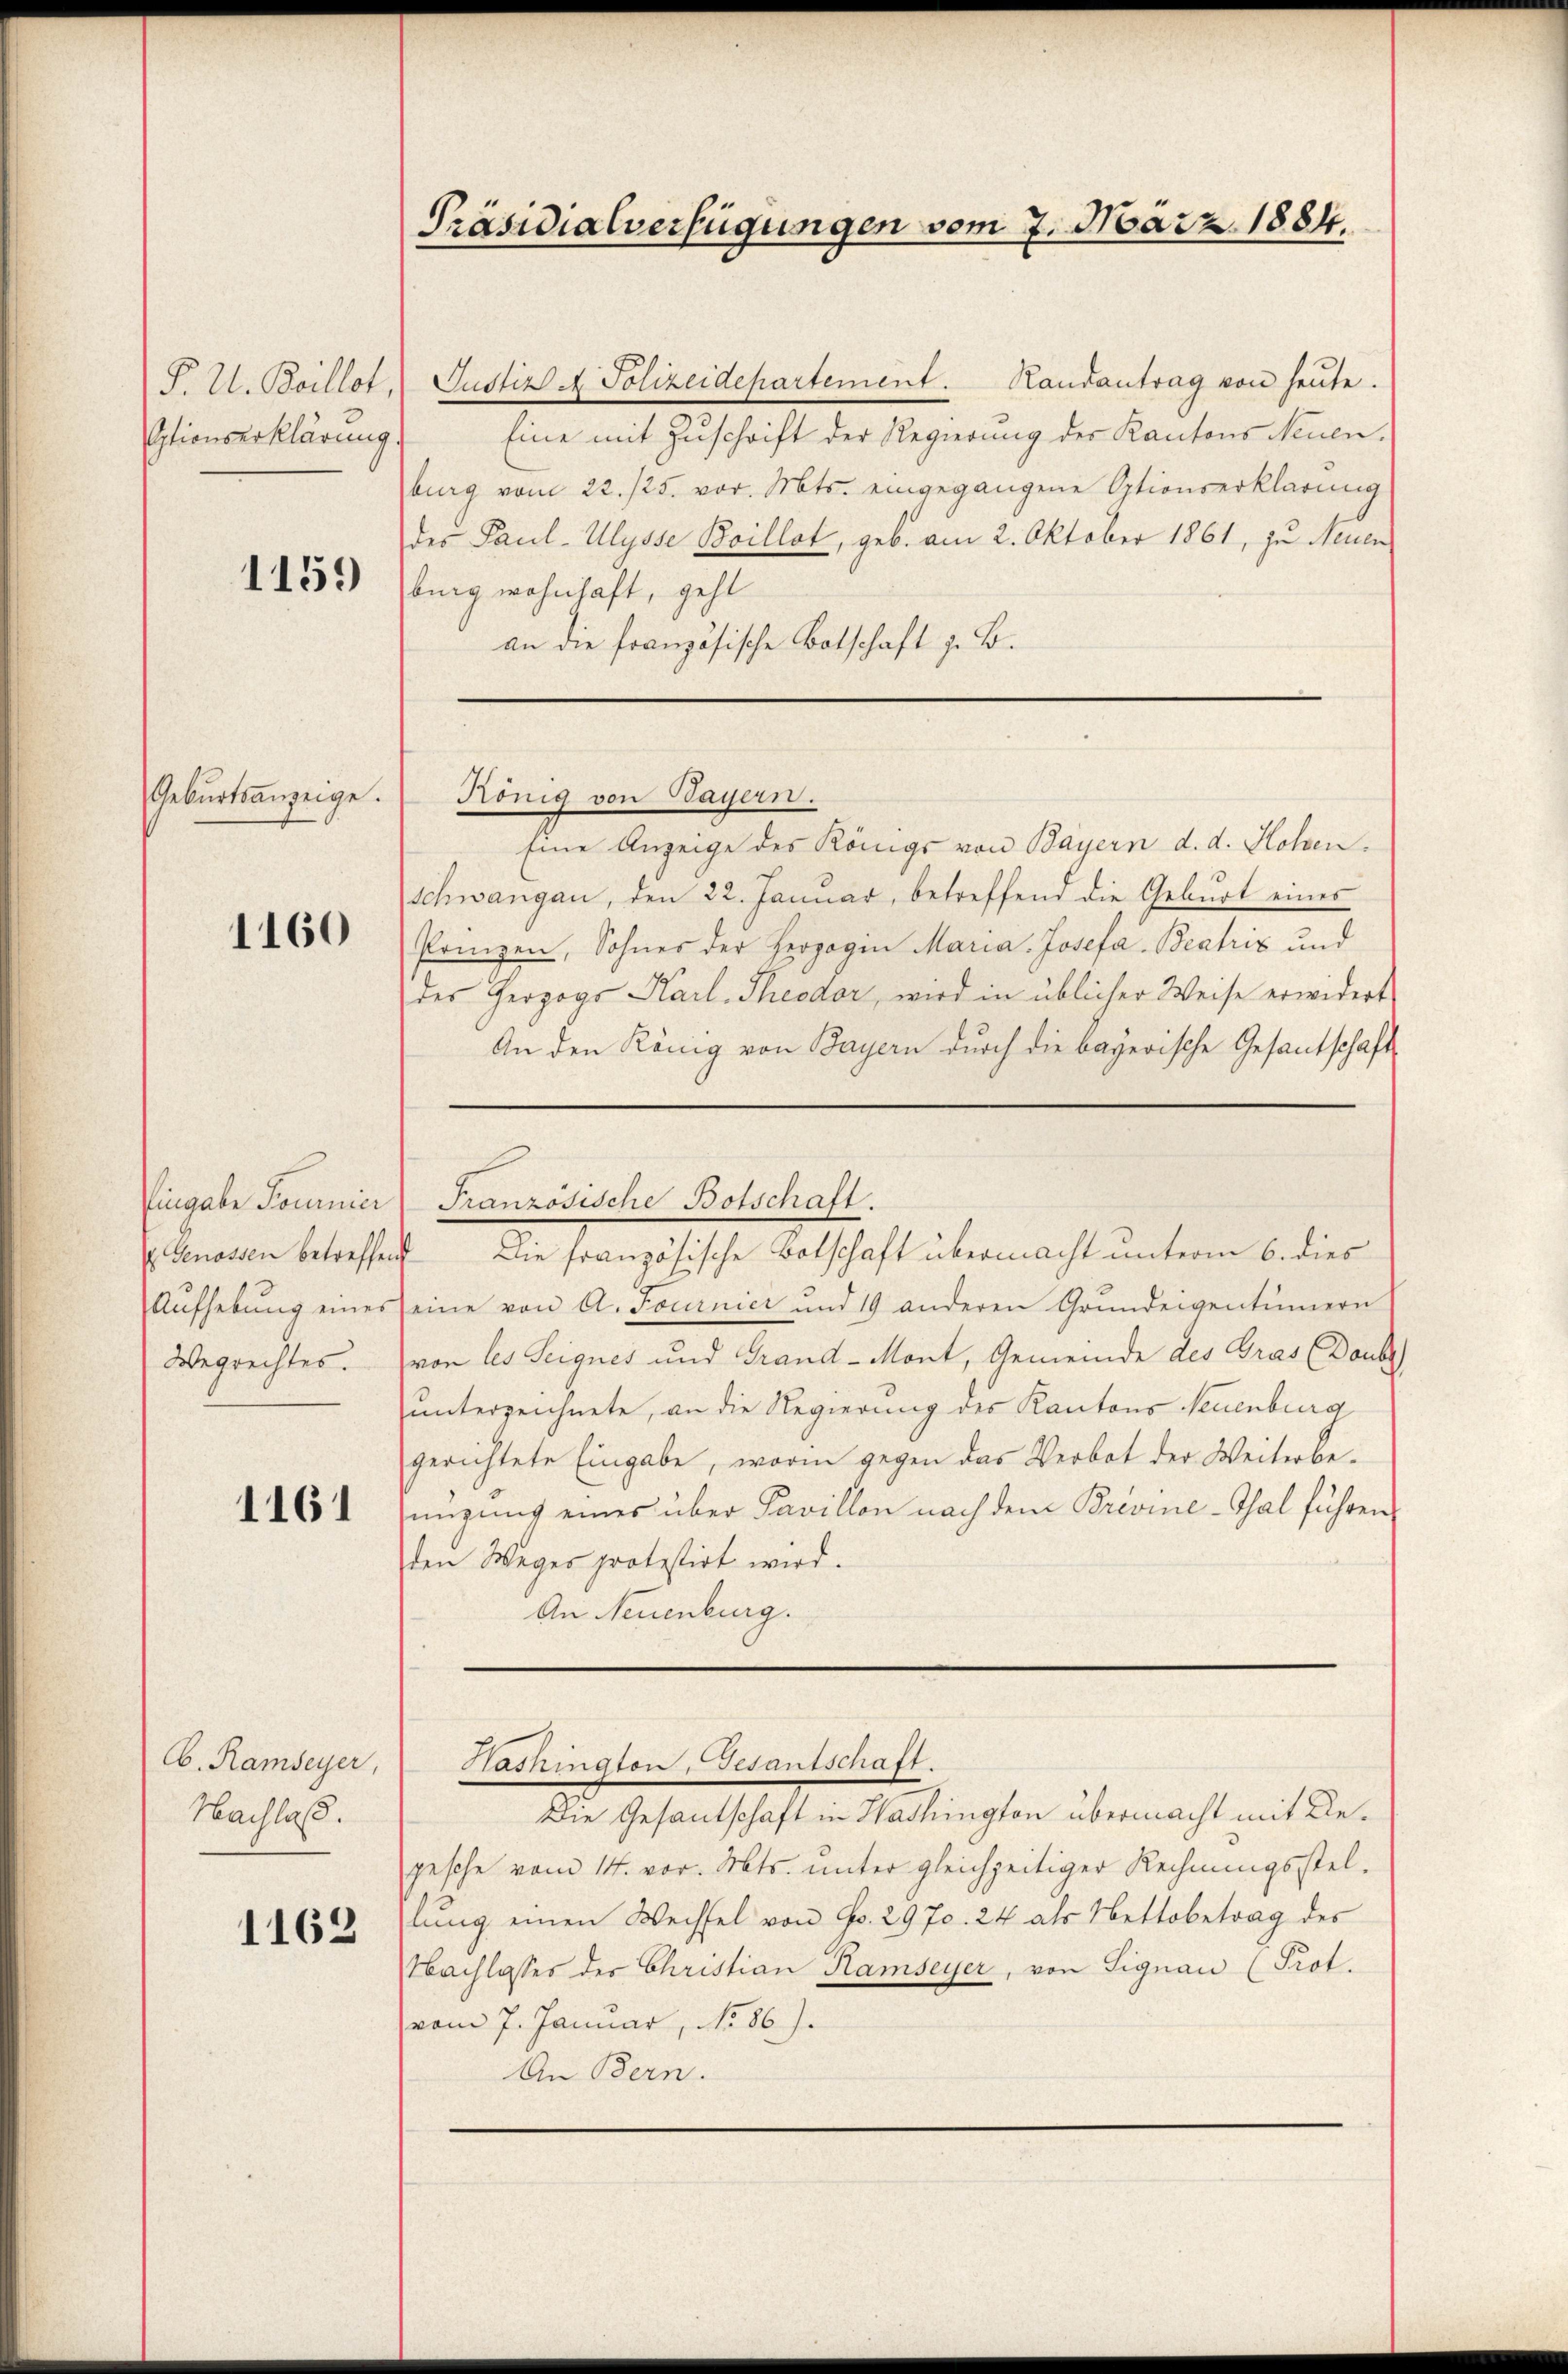
P. U. Boillot,
Optionserklärung

1159

Geburtsanzeige.

1160

Eingabe Journier
4 Genossen betreffen
Aufhebung eines
Wegrechtes.

1161

Cb. Ramseyer,
Nachlaß.

1162

Präsidialverfügungen vom 7. März 1884.

Justiz, A. Polizeidepartement. Handantrag von heute.
Eine mit Zuschrift der Regierung des Kantons Neuen,
burg vom 22./25. vor. Mts. eingegangene Optionserklärung
des Paul-Ulysse Boillot, geb. am 2. Oktober 1861, zu Neuen
burg wohnhaft, geht
an die französische Botschaft z. B.

König von Hayern.

Eine Anzeige des Königs von Bayern d. d. Hohen.
Schwangen, den 22. Januar, betreffend die Geburt eines
Prinzen, Sohnes der Herzogen Maria Josefa-Beatris und
des Herzogs Karl. Theodor, wird in üblicher Weise erwidert
An den König von Bayern durch die bayerische Gesantschaft
 Die französische Botschaft übermacht unterm 6. dies
eine von A. Tournier und 19 anderen Grundeigentümern
von les Seignes und Grand-Mont, Gemeinde des Gras (Doubs
unterzeichnete, an die Regierung des Kantons Neuenburg
gerichtete Eingabe, worin gegen das Verbot der Weiterbe-
ringung eines über Pavillon nach dem Brevine-Thal führen
den Weges protestirt wird.
An Neuenburg.

Französische Botschaft.

Washington Gesantschaft.

Die Gesandschaft in Washington übermacht mit Degesche vom 14. vor. Mts. unter gleichzeitiger Rechnungsstellŭng einen Wechsel von Fr. 2970. 24 als Nettobetrag des
Nachlasses der Christian Ramseyer, von Signau (Prot.
vom 7. Januar, No 86).
An Bern.